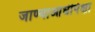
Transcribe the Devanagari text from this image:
जाण्याआधीपेक्षा